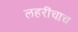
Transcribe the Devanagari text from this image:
लहरींचाच